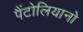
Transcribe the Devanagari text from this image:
पैंटोलियानो